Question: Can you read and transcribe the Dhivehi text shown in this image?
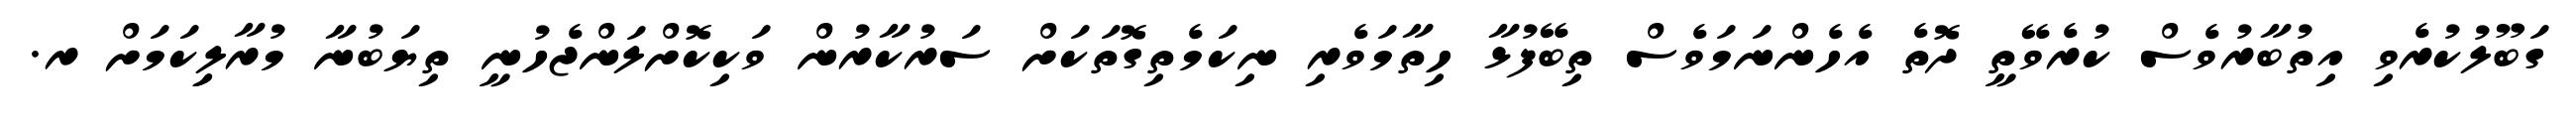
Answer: ގަބޫލުކުރެވި އިތުބާރުވެސް ކުރެވޭތީ ދޮތެ އެހެންނަމަވެސް ތިބޭފުޅާ ހިތާމަވެރި ނިކަމެތިގޮތަކަށް ސަރުކާރުން ވަކިކޮށްލަންޖެހުނީ ތިޔަބުނާ މުރާލިިކަމަށް ރ.